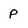
Character: p